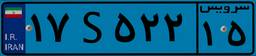
۲۹S۳۷۷۷۱